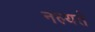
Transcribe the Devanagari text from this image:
नल्यते